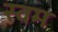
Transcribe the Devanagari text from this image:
स्वम